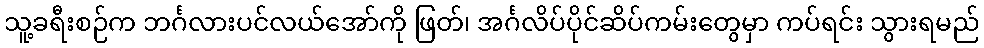
သူ့ခရီးစဉ်က ဘင်္ဂလားပင်လယ်အော်ကို ဖြတ်၊ အင်္ဂလိပ်ပိုင်ဆိပ်ကမ်းတွေမှာ ကပ်ရင်း သွားရမည်